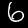
Digit: 6